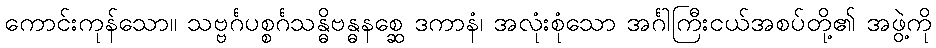
ကောင်းကုန်သော။ သဗ္ဗင်္ဂပစ္စင်္ဂသန္ဓိဗန္ဓနစ္ဆေ ဒကာနံ၊ အလုံးစုံသော အင်္ဂါကြီးငယ်အစပ်တို့၏ အဖွဲ့ကို